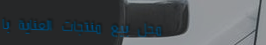
محل بيع منتجات العناية با